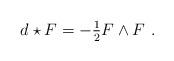
LaTeX: \begin{align*} d\star F = -\tfrac{1}{2}F\wedge F~.\end{align*}